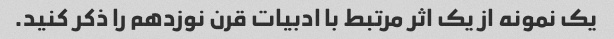
یک نمونه از یک اثر مرتبط با ادبیات قرن نوزدهم را ذکر کنید.